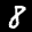
Label: 8